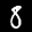
Label: 8